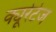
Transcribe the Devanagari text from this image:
क्यूरेटेज